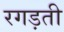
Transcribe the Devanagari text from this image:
रगड़ती